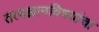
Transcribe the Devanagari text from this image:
तत्वज्ञानविषयांचा